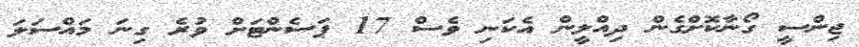
ޖިންސީ ގޯނާކޮށްގެން ދިއްލީން އެކަނި ވެސް 17 ޕަސެންޓަށް ވުރެ ގިނަ މައްސަލަ